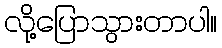
လို့ပြောသွားတာပါ။